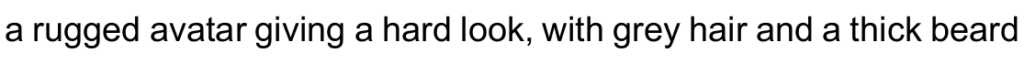
a rugged avatar giving a hard look, with grey hair and a thick beard